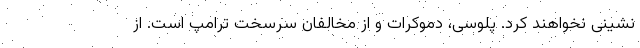
نشینی نخواهند کرد. پلوسی، دموکرات و از مخالفان سرسخت ترامپ است. از